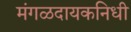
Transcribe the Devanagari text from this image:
मंगळदायकनिधी